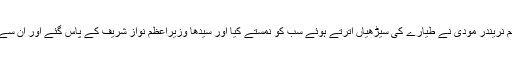
بھارتی وزیراعظم نریندر مودی نے طیارے کی سیڑھیاں اترتے ہوئے سب کو نمستے کیا اور سیدھا وزیراعظم نواز شریف کے پاس گئے اور ان سے بغلگیر ہو گئے۔